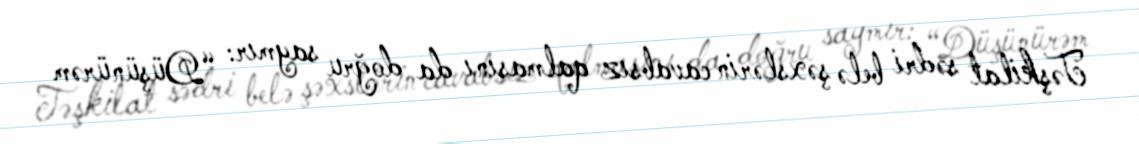
Təşkilat sədri belə şəxslərin cavabsız qalmasını da doğru saymır: “Düşünürəm